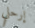
إرحلي